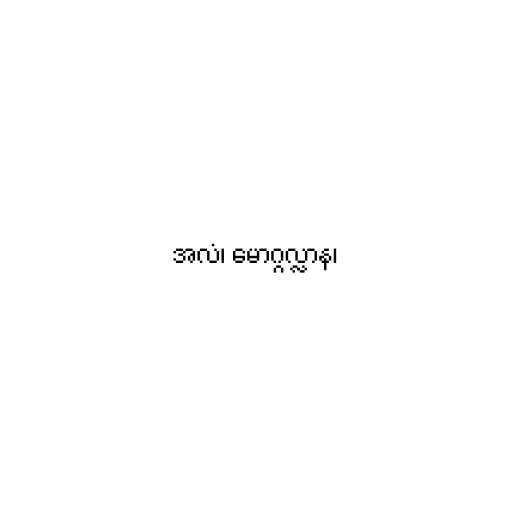
အလံ၊ မောဂ္ဂလ္လာန၊